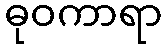
ဓုဝကာရာ